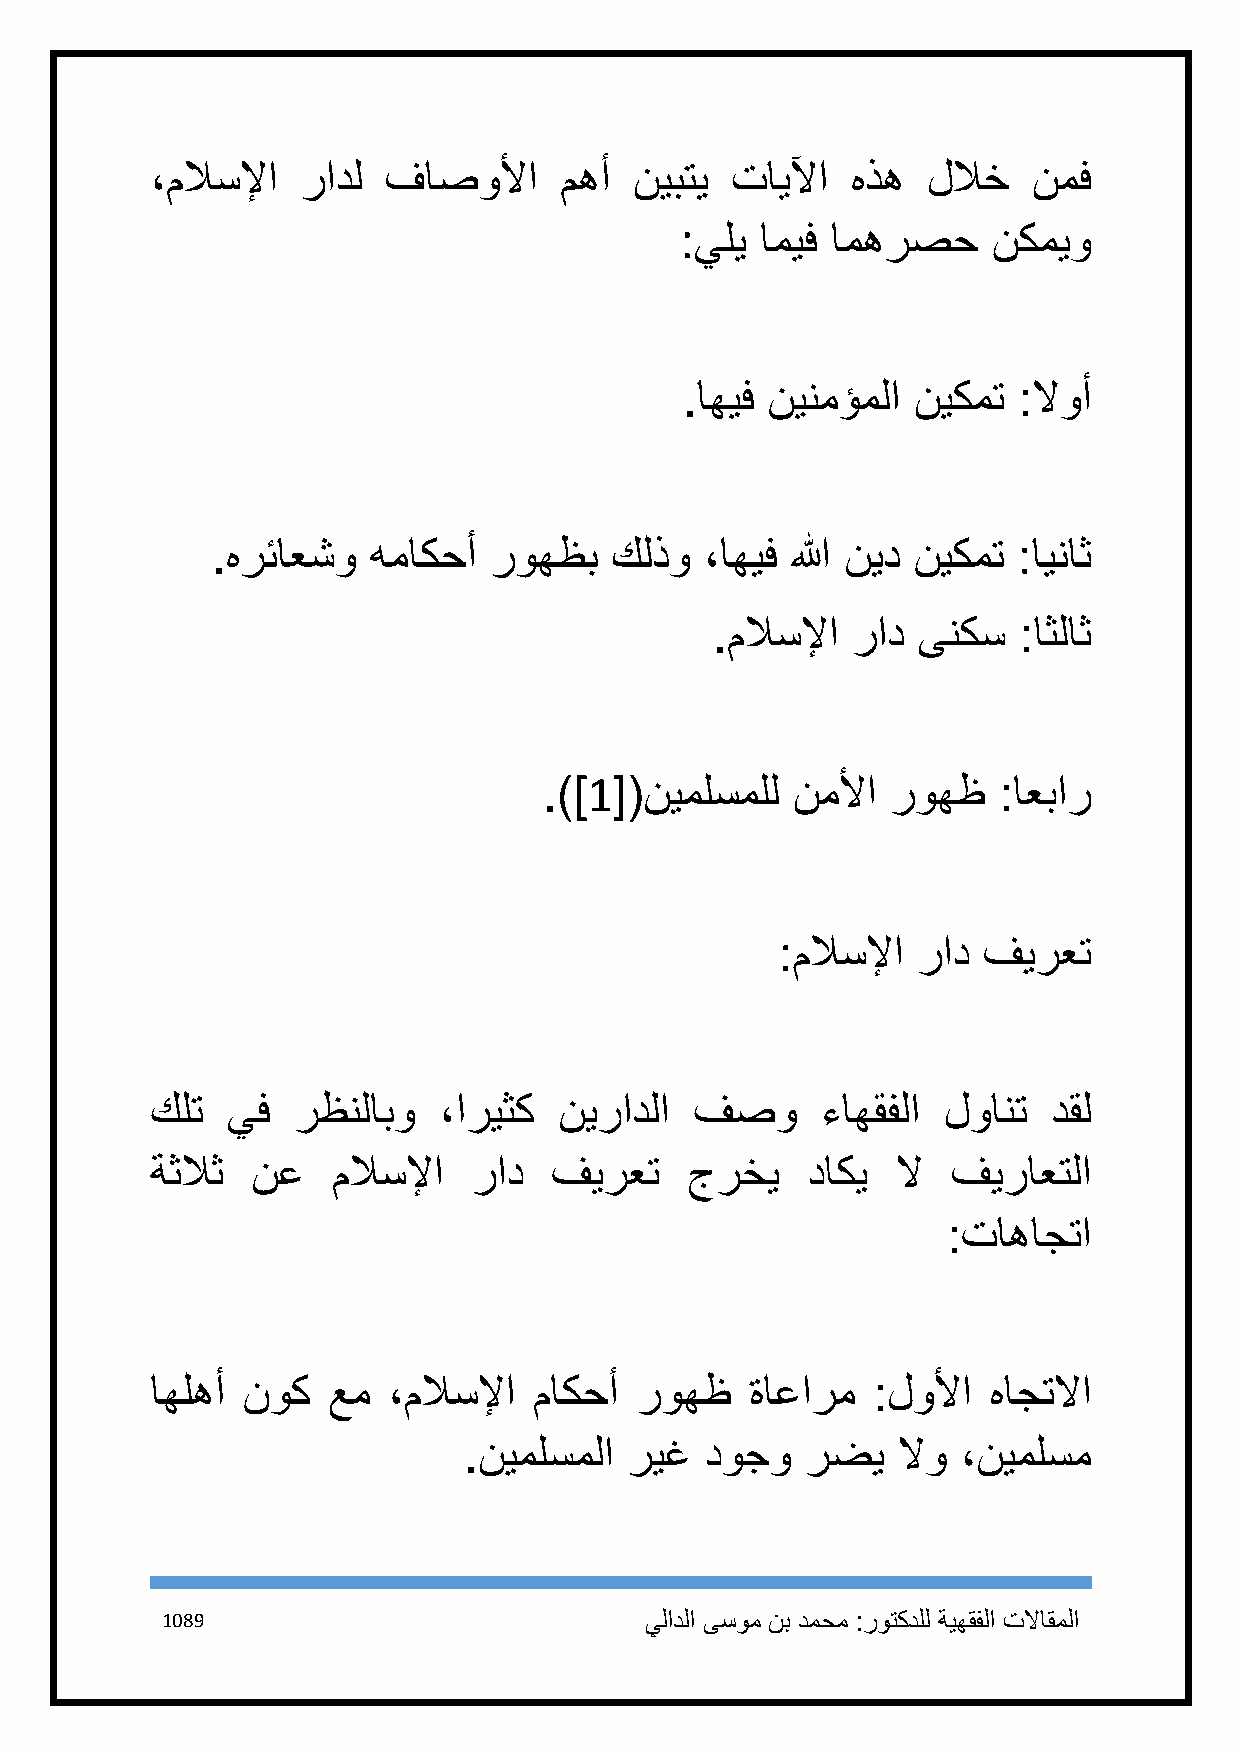
،ملاسلإا  رادل فاصولأا     مهأ  نيبتي تايلآا  هذه  للاخ   نمف
 :يلي اميف امهرصح     نكميو
 .اهيف نينمؤملا نيكمت  :لاوأ
 .هرئاعشو  هماكحأ  روهظب   كلذو   ،اهيف الله نيد نيكمت :ايناث
 .ملاسلإا راد  ىنكس  :اثلاث
 .)]1[(نيملسملل  نملأا  روهظ   :اعبار
 :ملاسلإا راد فيرعت
 كلت  يف  رظنلابو   ،اريثك  نيرادلا  فصو     ءاهقفلا لوانت   دقل
 ةثلاث  نع   ملاسلإا  راد  فيرعت     جرخي   داكي  لا  فيراعتلا
 :تاهاجتا
 اهلهأ نوك   عم  ،ملاسلإا ماكحأ  روهظ    ةاعارم  :لولأا هاجتلاا
 .نيملسملا  ريغ  دوجو  رضي   لاو  ،نيملسم
 1189                            يلادلا ىسوم نب دمحم :روتكدلل ةيهقفلا تلااقملا